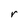
Character: r